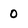
Character: 0